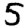
Digit: 5